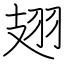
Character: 翅